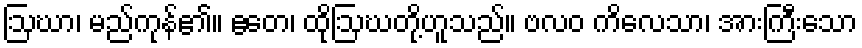
ဩဃာ၊ မည်ကုန်၏။ ဧတေ၊ ထိုဩဃတို့ဟူသည်။ ဗလဝ ကိလေသာ၊ အားကြီးသော